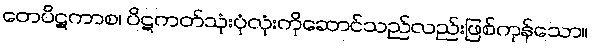
တေပိဋကာစ၊ ပိဋကတ်သုံးပုံလုံးကိုဆောင်သည်လည်းဖြစ်ကုန်သော။